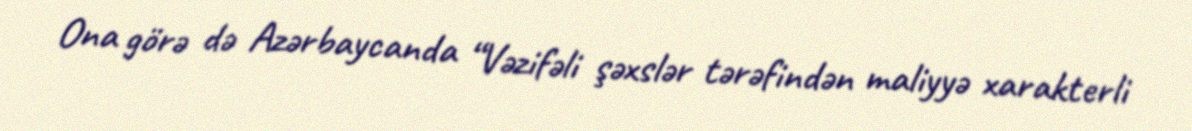
Ona görə də Azərbaycanda “Vəzifəli şəxslər tərəfindən maliyyə xarakterli